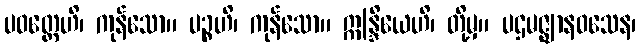
ပဝတ္တေဟိ၊ ကုန်သော။ ပဉ္စဟိ၊ ကုန်သော။ ဣန္ဒြိယေဟိ၊ တို့မှ။ ပဌမဇ္ဈာနဝသေန၊